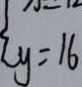
y = 1 6